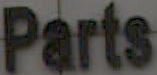
Parts